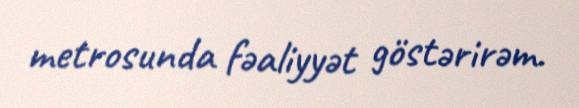
metrosunda fəaliyyət göstərirəm.